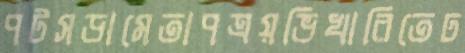
পটসডামেতাপত্রয়ভিখারিতেঢ